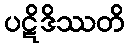
ပဋိဒိဿတိ